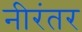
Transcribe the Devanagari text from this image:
नीरंतर